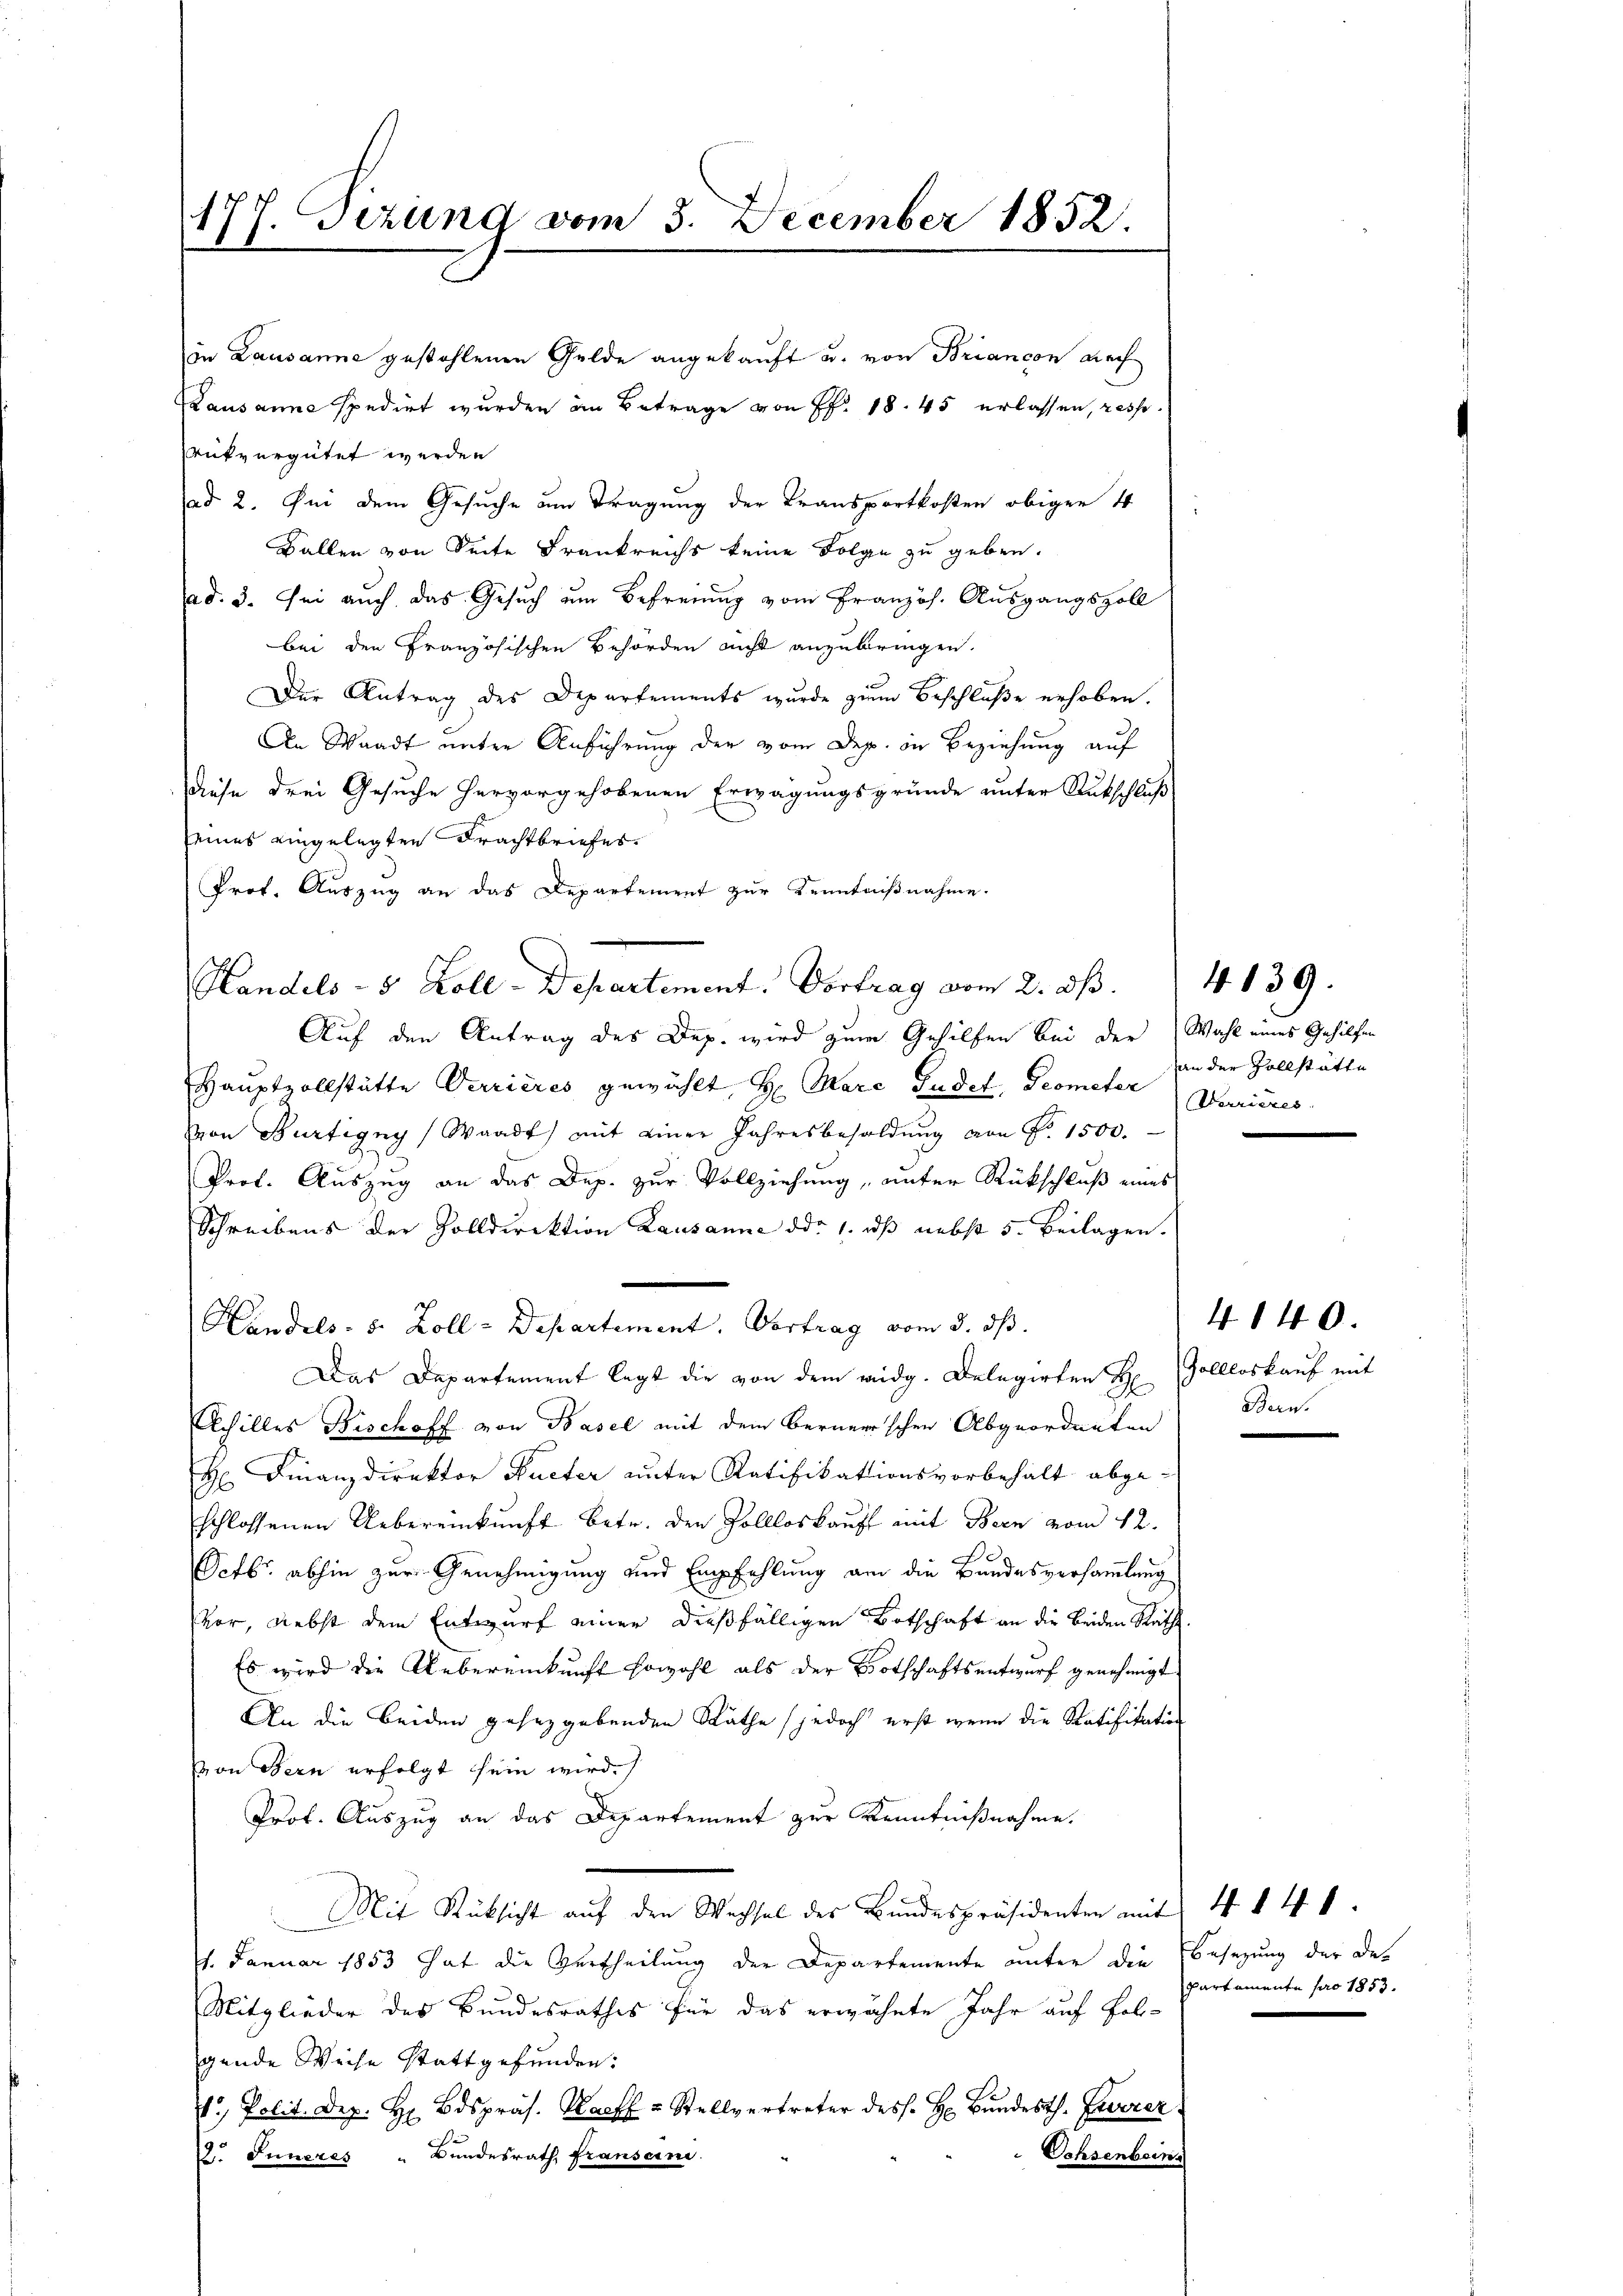
177. Sekund vom 3. December 1852.
8

Lausanne spedirt wurden in Betrage von Pf. 1845 erlassen, resp.
rükvergütet werden
ad 2. Sei dem Gesuche am Tragung der Transportkosten obigen 4
Ballen von Seite Frankreichs keine Folge zu geben.
ad. 3. Sei auch das Gesuch um Befreiung vom Französ. Ausgangszoll
bei den Französischen Behörden nicht anzubringen.
Der Antrag des Departements wurde zum Beschluße erhoben.
An Waadt unter Anführung der vom Dep. in Beziehung auf
diese drei Gesuche hervorgehobenen Erwägungsgründe unter Rutschluß
seines eingelegten Frachtbriefes.
Prof. Auszug an das Departement zur Kenntnißnahme.

in Lausanne gestohlenen Gelde angekauft u. von Briancon nach

Handels- 5 Zoll-Departement. Vortrag vom 2. dß.

Auf den Antrag des Dep. wird zum Gehilfen bei der Wahl eines Gehilfen
Hauptvollstätte Verrieres gewählt, H. Marc Gudet, Geometer Verrieres
Von Bürtigny Waadt mit einer Jahresbesoldŭng von Nr. 1500.
Prof. Auszug an das Dep. zur Vollziehung „unter Rückschluß eines
Schreibens der Zolldirektion Lausanne ddo 1. dß nebst 5. Beilagen.
Handels- u. Zoll-Departement. Vortrag vom 3. ds.
Das Departement legt die von dem weidg. Delegirten H. Zollloskauf mit
Achilles Bischoff von Basel mit dem Bernerischen Abgeordneten
H. Finanzdirektor Pueter unter Ratifikationsvorbehalt abge-
schlossenen Uebereinkunft betr. den Pollloskauff mit Bern vom 12.
Octbr. abhin zur Genehmigung und Empfehlung am die Bundesversammlung
vor, nebst dem Entwurf einer dießfälligen Botschaft an die beiden Räth
Es wird die Uebereinkunft sowohl als der Botschaftsentwurf genehmigt
An die beiden gesetzgebenden Räthe (jedoch erst wenn die Ratifikation
von Bern erfolgt sein wird.
Prof. Auszug an das Departement zur Kenntnißnahme.
Mit Rücksicht aŭf den Wechsel des Bŭndespräsidenten mit 4 1 41
1. Januar 1853 hat die Vertheilung der Departemente unter die Besetzung der De¬
Mitglieder des Bundesrathes für das erwähnte Jahr auf Fol-
gende Weise stattgefunden:
V. Polit. Dep. Hr. Bdspräs. Harff u. Stellvertreter dess. H. Bŭndesth. Euerer
D. Inneres " Bundesrath, Franseine
Ochsenbeins

4139.
an der Zollstätte

4140.
Bern.

Partemente pro 1853.